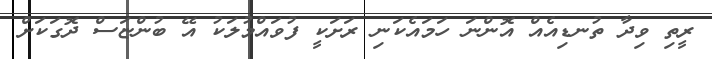
ރީތި ވިދާ ތުނޑިއެއް އޮންނަ ހަމައެކަނި ރަށަކީ ފުވައްމުލަކު އޭ ބުންޏަސް ދޮގަކަށް